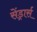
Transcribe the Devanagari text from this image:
सेंड्रार्स